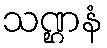
သဏ္ဌနံ